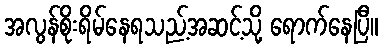
အလွန်စိုးရိမ်နေရသည့်အဆင့်သို့ ရောက်နေပြီ။